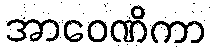
အာဝေဏိကာ